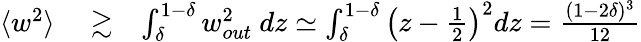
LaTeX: \begin{array}{rlr}{\langle w^{2}\rangle}&{{}\gtrsim}&{\int_{\delta}^{1-\delta}w_{out}^{2}\ dz\simeq\int_{\delta}^{1-\delta}\left(z-\frac{1}{2}\right)^{2}dz=\frac{(1-2\delta)^{3}}{12}}\end{array}